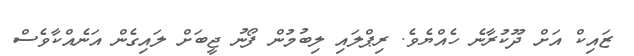
ޒައިކް އަށް ދޫކުރާނެ ހެއްޔެވެ. ރިޕްލައި ލިބުމުން ފޯނު ޖީބަށް ލައިގެން އަނެއްކާވެސް